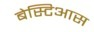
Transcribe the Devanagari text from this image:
बेस्टिआस